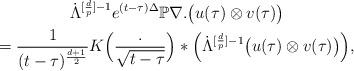
LaTeX: \begin{gather*}\dot{\Lambda}^{[\frac{d}{p}]-1}e^{(t - \tau)\Delta}\mathbb{P}\nabla .\big(u(\tau) \otimes v(\tau)\big) \\=\frac{1}{(t - \tau)^{\frac{d+1}{2}}}K\Big(\frac{.}{\sqrt{t - \tau}}\Big)*\Big(\dot{\Lambda}^{[\frac{d}{p}]-1}\big(u(\tau) \otimes v(\tau)\big)\Big),\end{gather*}